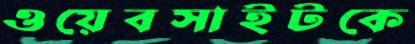
ওয়েবসাইটকে